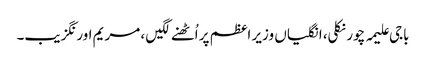
باجی علیمہ چور نکلی، انگلیاں وزیر اعظم پر اُٹھنے لگیں ، مریم اورنگزیب۔